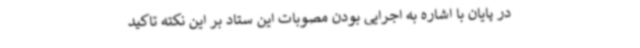
در پایان با اشاره به اجرایی بودن مصوبات این ستاد بر این نکته تاکید